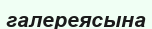
галереясына